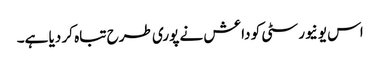
اس یونیورسٹی کو داعش نے پوری طرح تباہ کر دیا ہے۔